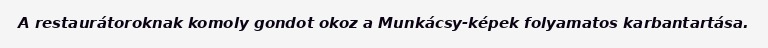
A restaurátoroknak komoly gondot okoz a Munkácsy-képek folyamatos karbantartása.